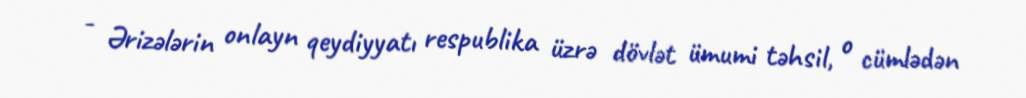
- Ərizələrin onlayn qeydiyyatı respublika üzrə dövlət ümumi təhsil, o cümlədən